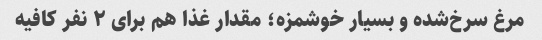
مرغ سرخ‌شده و بسیار خوشمزه؛ مقدار غذا هم برای ۲ نفر کافیه